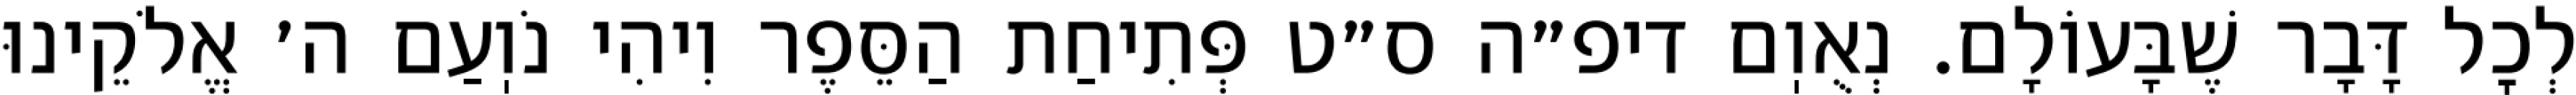
לְכׇל דָּבָר שֶׁבָּעוֹלָם. נְאֻוֽם דיפ״ה ס״ט פְּתִיחַת הַסֵּפֶר וִיהִי נֹוֽעַם ה׳ אֱלֹקֵינוּ